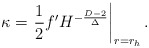
\begin{align*}\kappa =\left. {1\over 2}f' H^{-{D-2\over \Delta}}\right|_{r=r_h}.\end{align*}